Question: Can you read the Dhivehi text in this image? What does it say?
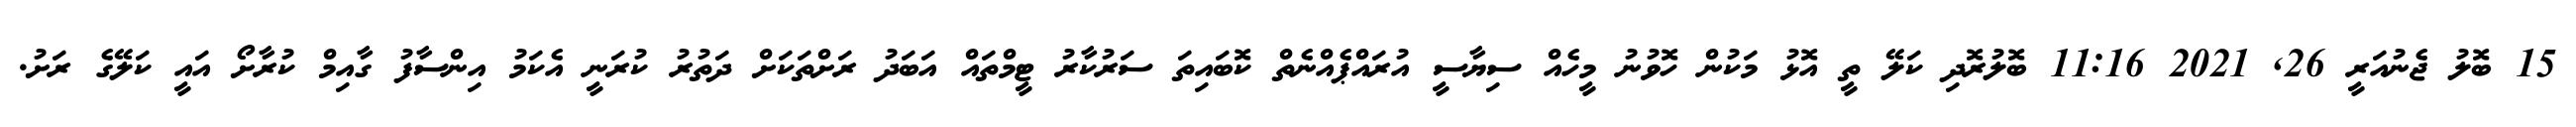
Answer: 15 ބޮލު ޖެނުއަރީ 26, 2021 11:16 ބޮލުރޮދި ކަލޭ ތީ އޮޅު މަކުން ހޮވުނު މީހެއް ސިޔާސީ އުރައްޕެއްނެތް ކޮބައިތަ ސަރުކާރު ޓީމްތައް އަބަދު ރަށްތަކަށް ދަތުރު ކުރަނީ އެކަމު އިންސާފު ގާއިމް ކުރާށޯ އައީ ކަލޭގެ ރަށު.